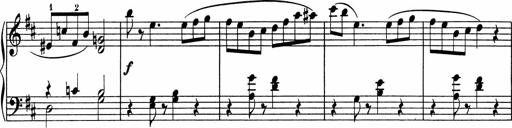
Title: 5 Sonatinen fÃ¼r die Jugend
Composer: Carl Reinecke